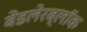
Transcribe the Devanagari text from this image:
बेंडलेरब्लॉक